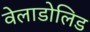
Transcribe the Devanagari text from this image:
वेलाडोलिड